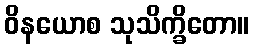
ဝိနယောစ သုသိက္ခိတော။